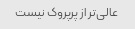
عالی‌تر از پرپروک نیست